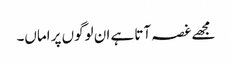
مجھے غصہ آتا ہے ان لوگوں پر اماں۔